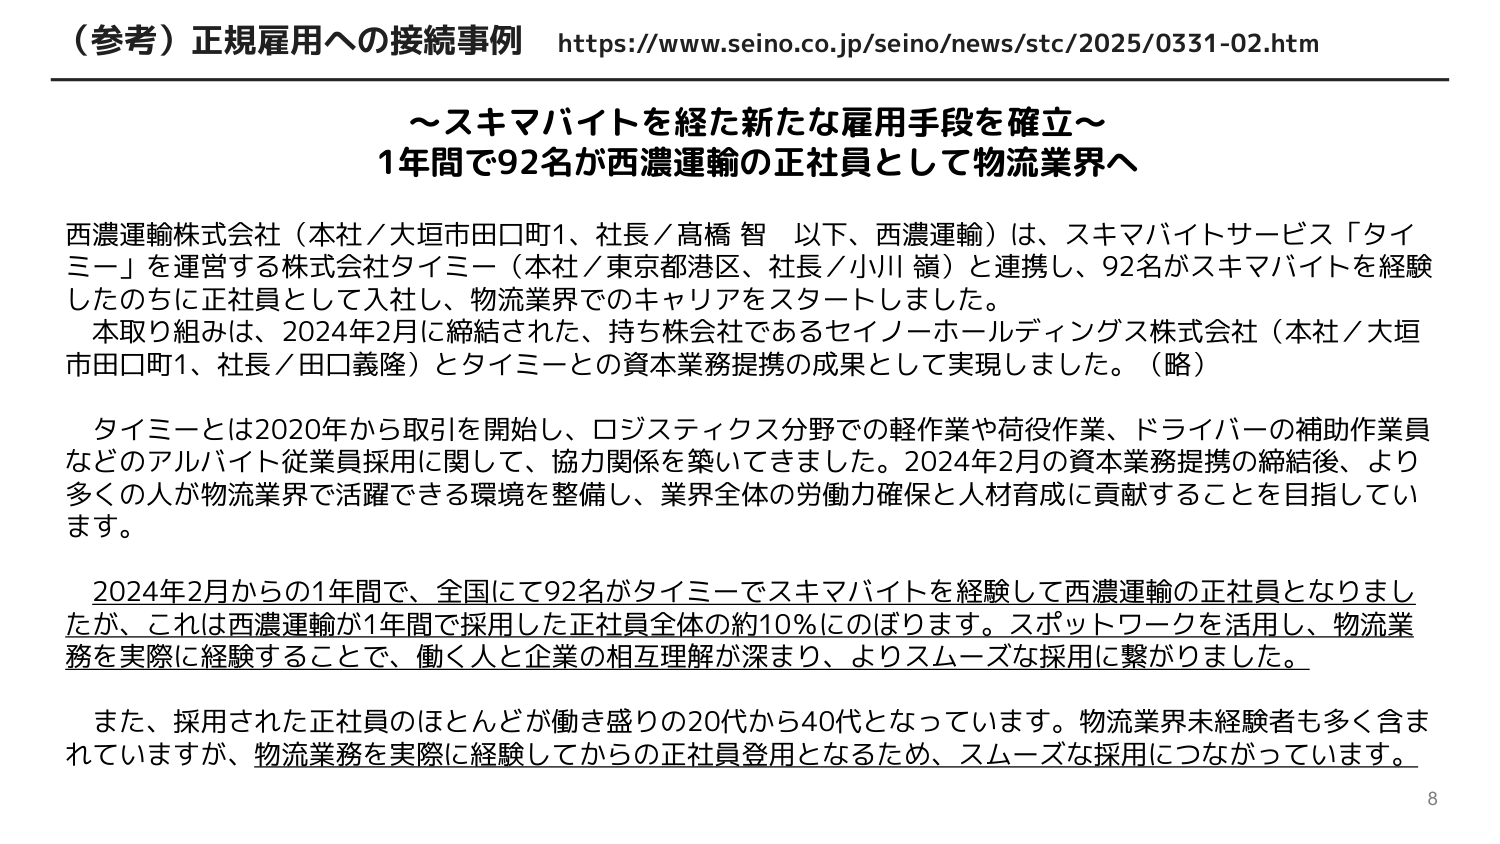
（参考）正規雇用への接続事例 https://www.seino.co.jp/seino/news/stc/2025/0331-02.htm

～スキマバイトを経た新たな雇用手段を確立～
1年間で92名が西濃運輸の正社員として物流業界へ

西濃運輸株式会社（本社／大垣市田口町1、社長／高橋 智 以下、西濃運輸）は、スキマバイトサービス「タイミー」を運営する株式会社タイミー（本社／東京都港区、社長／小川 領）と連携し、92名がスキマバイトを経験したのちに正社員として入社し、物流業界でのキャリアをスタートしました。
本取り組みは、2024年2月に締結された、持ち株会社であるセイノーホールディングス株式会社（本社／大垣市田口町1、社長／田口義隆）とタイミーとの資本業務提携の成果として実現しました。（略）

タイミーとは2020年から取引を開始し、ロジスティクス分野での軽作業や荷役作業、ドライバーの補助作業員などのアルバイト従業員採用に関して、協力関係を築いてきました。2024年2月の資本業務提携の締結後、より多くの人が物流業界で活躍できる環境を整備し、業界全体の労働力確保と人材育成に貢献することを目指しています。

2024年2月からの1年間で、全国にて92名がタイミーでスキマバイトを経験して西濃運輸の正社員となりましたが、これは西濃運輸が1年間で採用した正社員全体の約10％にのぼります。スポットワークを活用し、物流業務を実際に経験することで、働く人と企業の相互理解が深まり、よりスムーズな採用に繋がりました。

また、採用された正社員のほとんどが働き盛りの20代から40代となっています。物流業界未経験者も多く含まれていますが、物流業務を実際に経験してからの正社員登用となるため、スムーズな採用につながっています。

8